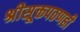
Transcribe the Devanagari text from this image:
श्रीसूक्तपठणही